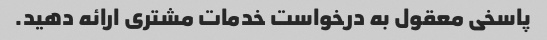
پاسخی معقول به درخواست خدمات مشتری ارائه دهید.